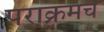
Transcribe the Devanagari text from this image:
पराक्रमच